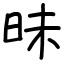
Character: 昧